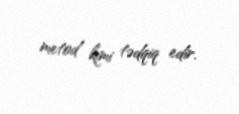
metod kimi tədqiq edir.